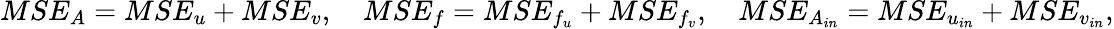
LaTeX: MSE_{A}=MSE_{u}+MSE_{v},\quad MSE_{f}=MSE_{f_{u}}+MSE_{f_{v}},\quad MSE_{A_{in}}=MSE_{u_{in}}+MSE_{v_{in}},